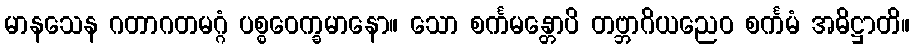
မာနသေန ဂတာဂတမဂ္ဂံ ပစ္စဝေက္ခမာနော။ သော စင်္ကမန္တောပိ တဗ္ဘာဂိယညေဝ စင်္ကမံ အဓိဋ္ဌာတိ။